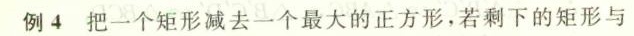
例4把一个矩形减去一个最大的正方形，若剩下的矩形与